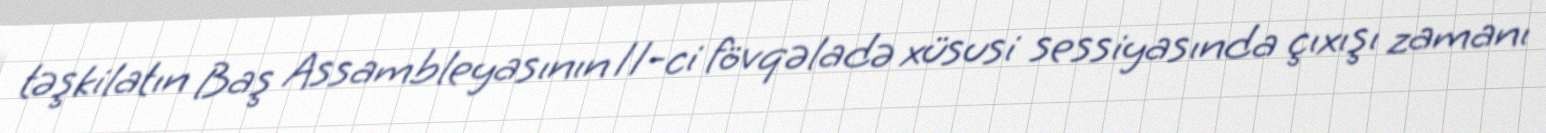
təşkilatın Baş Assambleyasının 11-ci fövqəladə xüsusi sessiyasında çıxışı zamanı